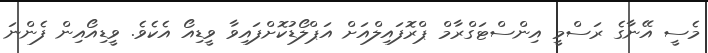
މެސީ އޭނާގެ ރަސްމީ އިންސްޓަގްރާމް ޕްރޮފައިލްއަށް އަޕްލޯޑުކޮށްފައިވާ ވީޑިއޯ އެކެވެ. ވީޑިއޯއިން ފެންނަ